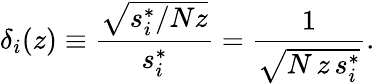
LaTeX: \delta_{i}(z)\equiv\frac{\sqrt{{s_{i}^{*}}/{Nz}}}{s_{i}^{*}}=\frac{1}{\sqrt{N\, z\, s_{i}^{*}}}.